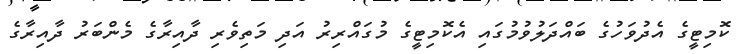
ކޮމިޓީގެ އެދުވަހުގެ ބައްދަލުވުމުގައި އެކޮމިޓީގެ މުގައްރިރު އަދި މަތިވެރި ދާއިރާގެ މެންބަރު ދާއިރާގެ